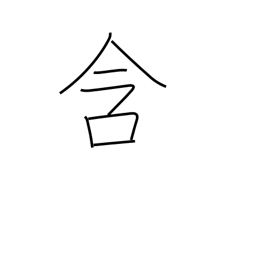
Meaning: cherish